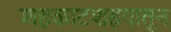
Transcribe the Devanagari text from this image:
शहकाटशहयातून